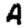
Digit: 4